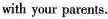
with your parents.